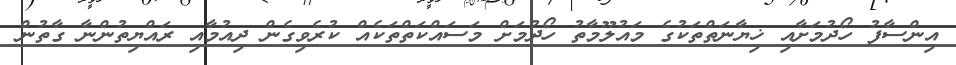
އިންސާފު ހޯދުމަށާއި ޚިޔާނަތްތަކުގެ މައުލޫމާތު ހޯދުމަށް މަސައްކަތްތަކެއް ކުރެވިގެން ދިއުމާއި ރައްޔިތުންނާ ގާތުން